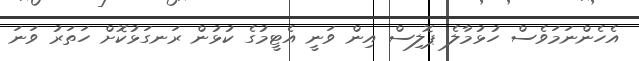
އެހެންނަމަވެސް ހުޅުމާލެ ޕޮލިސް އިން ވަނީ އެޓީމުގެ ކުޅުން ރަނގަޅުކޮށް ހަތަރު ވަނަ